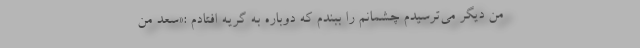
من دیگر می‌ترسیدم چشمانم را ببندم که دوباره به گریه افتادم :«سعد من